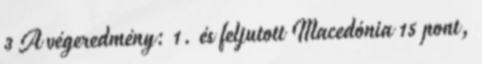
3 A végeredmény: 1. és feljutott Macedónia 15 pont,